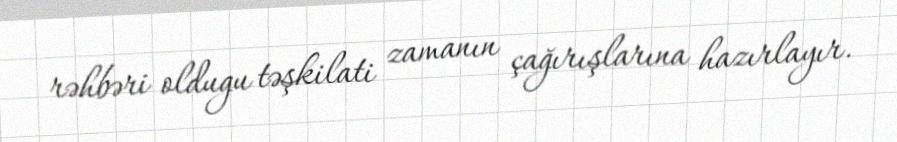
rəhbəri oldugu təşkilati zamanın çağırışlarına hazırlayır.